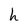
Character: h